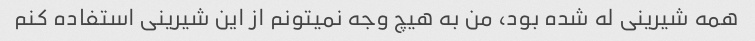
همه شیرینی له شده بود، من به هیچ وجه نمیتونم از این شیرینی استفاده کنم